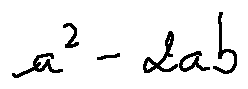
a ^ { 2 } - 2 a b